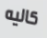
كاليه